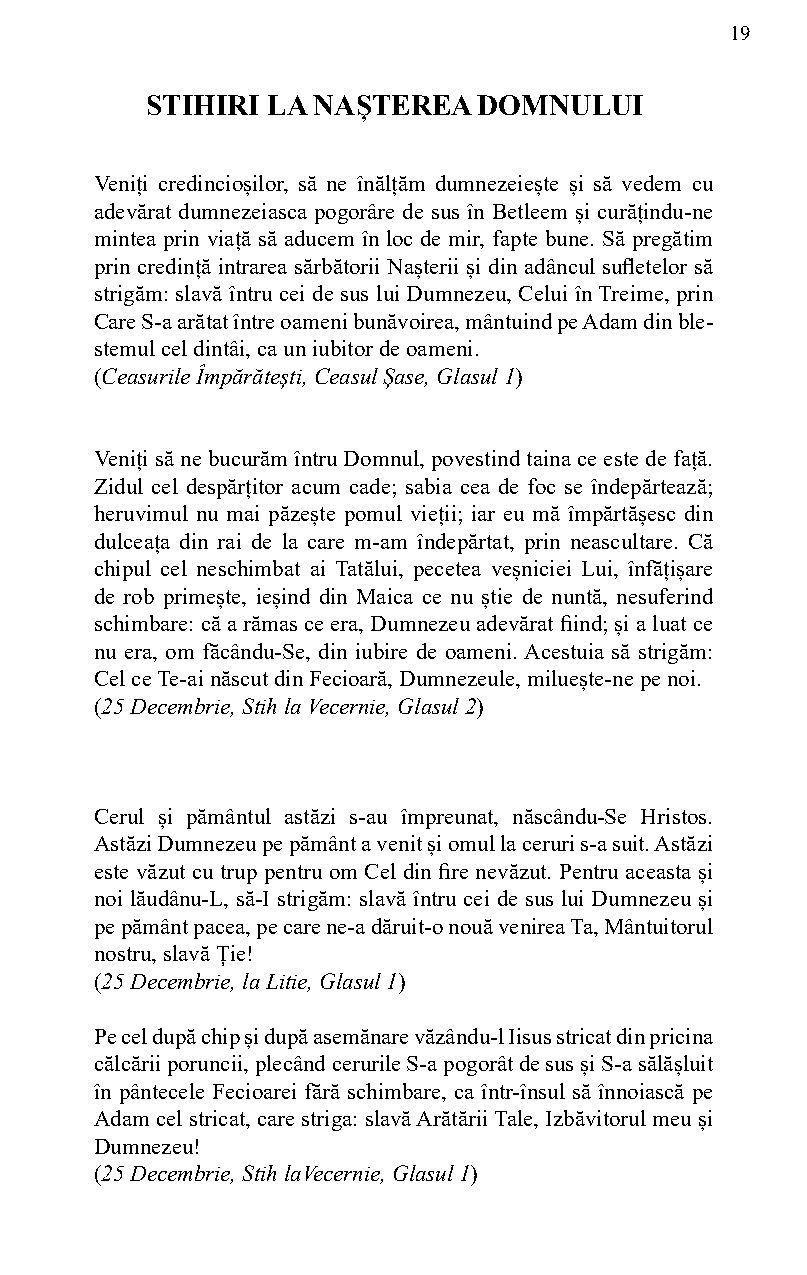
19
 STIHIRI LA NAȘTEREA   DOMNULUI
 Veniți credincioșilor, să ne înălțăm dumnezeiește și să vedem cu
 adevărat dumnezeiasca pogorâre de sus în Betleem și curățindu-ne
 mintea prin viață să aducem în loc de mir, fapte bune. Să pregătim
 prin credință intrarea sărbătorii Nașterii și din adâncul sufletelor să
 strigăm: slavă întru cei de sus lui Dumnezeu, Celui în Treime, prin
 Care S-a arătat între oameni bunăvoirea, mântuind pe Adam din ble-
 stemul cel dintâi, ca un iubitor de oameni.
 (Ceasurile Împărătești, Ceasul Șase, Glasul 1)
 Veniți să ne bucurăm întru Domnul, povestind taina ce este de față.
 Zidul cel despărțitor acum cade; sabia cea de foc se îndepărtează;
 heruvimul nu mai păzește pomul vieții; iar eu mă împărtășesc din
 dulceața din rai de la care m-am îndepărtat, prin neascultare. Că
 chipul cel neschimbat ai Tatălui, pecetea veșniciei Lui, înfățișare
 de rob primește, ieșind din Maica ce nu știe de nuntă, nesuferind
 schimbare: că a rămas ce era, Dumnezeu adevărat fiind; și a luat ce
 nu era, om făcându-Se, din iubire de oameni. Acestuia să strigăm:
 Cel ce Te-ai născut din Fecioară, Dumnezeule, miluește-ne pe noi.
 (25 Decembrie, Stih la Vecernie, Glasul 2)
 Cerul și pământul astăzi s-au împreunat, născându-Se Hristos.
 Astăzi Dumnezeu pe pământ a venit și omul la ceruri s-a suit. Astăzi
 este văzut cu trup pentru om Cel din fire nevăzut. Pentru aceasta și
 noi lăudânu-L, să-I strigăm: slavă întru cei de sus lui Dumnezeu și
 pe pământ pacea, pe care ne-a dăruit-o nouă venirea Ta, Mântuitorul
 nostru, slavă Ție!
 (25 Decembrie, la Litie, Glasul 1)
 Pe cel după chip și după asemănare văzându-l Iisus stricat din pricina
 călcării poruncii, plecând cerurile S-a pogorât de sus și S-a sălășluit
 în pântecele Fecioarei fără schimbare, ca într-însul să înnoiască pe
 Adam cel stricat, care striga: slavă Arătării Tale, Izbăvitorul meu și
 Dumnezeu!
 (25 Decembrie, Stih laVecernie, Glasul 1)